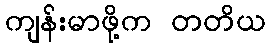
ကျန်းမာဖို့က တတိယ